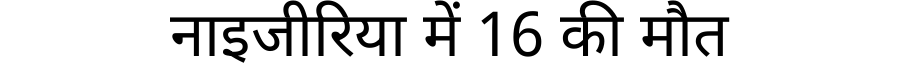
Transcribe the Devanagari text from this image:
नाइजीरिया में 16 की मौत